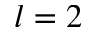
l = 2